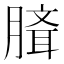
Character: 𰯉